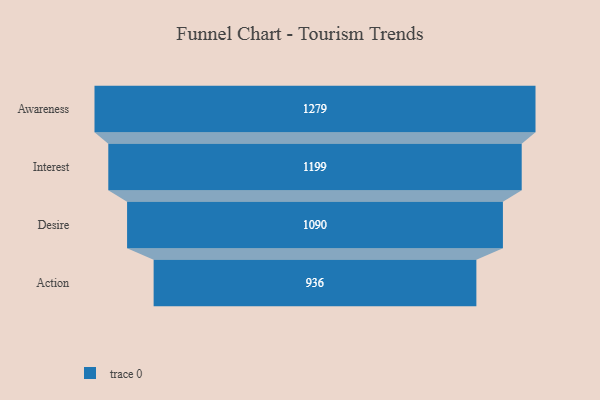
{"axis": {"x": "Stage", "y": "Value"}, "legend": [""], "data": [{"x": "Awareness", "y": 1279.0, "type": ""}, {"x": "Interest", "y": 1199.0, "type": ""}, {"x": "Desire", "y": 1090.0, "type": ""}, {"x": "Action", "y": 936.0, "type": ""}]}